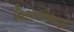
વિભાગીકરણ